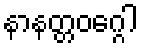
နာနတ္တဝဂ္ဂေါ